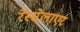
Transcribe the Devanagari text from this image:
रेंस्सेलाएर